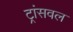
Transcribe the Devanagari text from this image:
ट्रांसवल